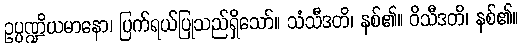
ဥပ္ပဏ္ဍိယမာနော၊ ပြက်ရယ်ပြုသည်ရှိသော်။ သံသီဒတိ၊ နစ်၏။ ဝိသီဒတိ၊ နစ်၏။